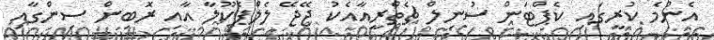
އެންމެ ކުރީގައި ކެޕްޓަން ސުނިލް ޗެތްރީއާއެކު ޖޭޖޭ ލެލްޕެކޫލާ އާއި ރޮބިން ސިންގާއި